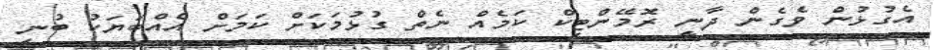
އެގުޅުން ވެގެން ދާނީ ރޮމޭންޓިކް ކަމެއް ނެތް ގުޅުމަކަށް ކަމަށް އެއްބަޔަކު ބުނި